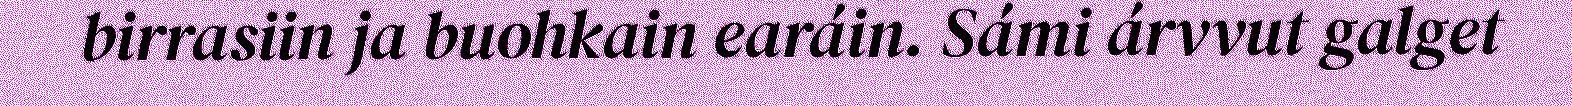
birrasiin ja buohkain earáin. Sámi árvvut galget